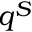
q ^ { S }